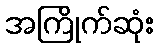
အကြိုက်ဆုံး